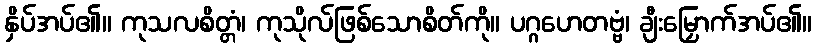
နှိပ်အပ်၏။ ကုသလစိတ္တံ၊ ကုသိုလ်ဖြစ်သောစိတ်ကို။ ပဂ္ဂဟေတဗ္ဗံ၊ ချီးမြှောက်အပ်၏။